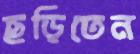
ছড়িতেন